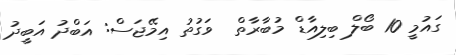
ގައުމީ 10 ބޯލް ބިލިއާޑް މުބާރާތް  ވަގުތު އިމޭޖަސް: އަބްދު އަބީދު